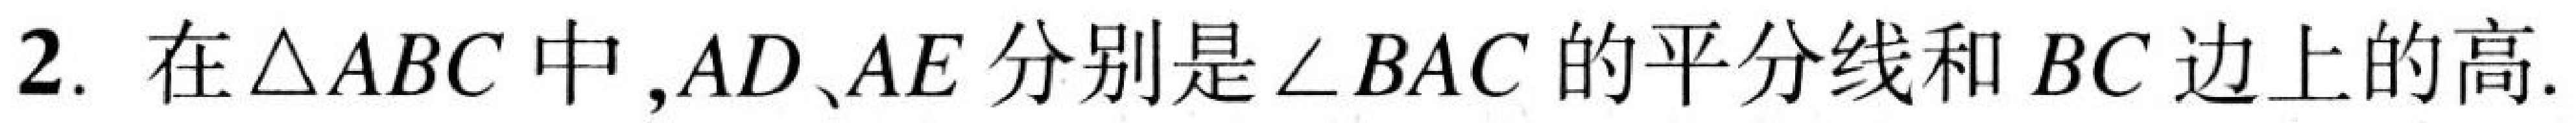
2. 在$\triangle ABC$中,$AD、AE$分别是$\angle BAC$的平分线和$BC$边上的高.